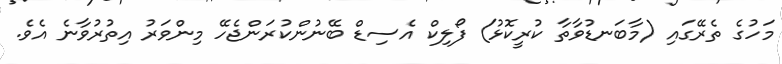
މަހުގެ ތެރޭގައި (މާބަނޑުވާތާ ކުރީކޮޅު) ފޯލިކް އެސިޑް ބޭނުންކުރަންޖެހޭ މިންވަރު އިތުރުވާނެ އެވެ.